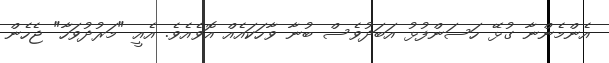
އެންމެންނާ ގުޅޭ ހަސަންފުޅު އަބަދުވެސް ބުނާ ވާހަކައެއް އޮވެއެވެ. އެއީ "މަރުދުވަހާ" ޖެހެން